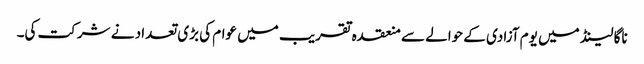
ناگا لینڈ میں یوم آزادی کے حوالے سے منعقدہ تقریب میں عوام کی بڑی تعداد نے شرکت کی۔